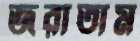
জরাতাম